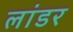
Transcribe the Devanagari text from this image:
लांडर